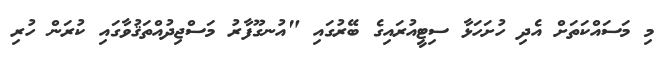
މި މަސައްކަތަށް އެދި ހުށަހަޅާ ސިޓީއުރައިގެ ބޭރުގައި "އުނގޫފާރު މަސްޖިދުއްތަޤުވާގައި ކުރަން ހުރި